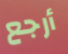
أرجع